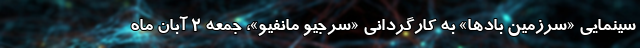
سینمایی «سرزمین بادها» به کارگردانی «سرجیو مانفیو»، جمعه ۲ آبان ماه